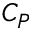
C _ { P }